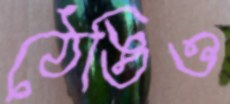
ঠেঙিও